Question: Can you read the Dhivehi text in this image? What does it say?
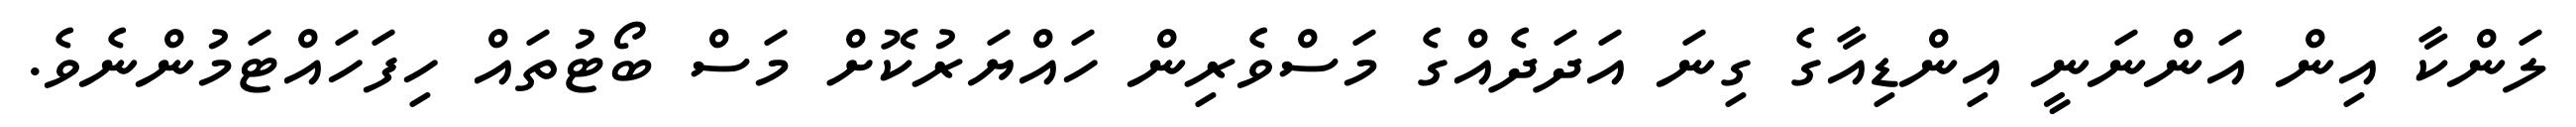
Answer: ލަންކާ އިން އަންނަނީ އިންޑިއާގެ ގިނަ އަދަދެއްގެ މަސްވެރިން ހައްޔަރުކޮށް މަސް ބޯޓުތައް ހިފަހައްޓަމުންނެވެ.